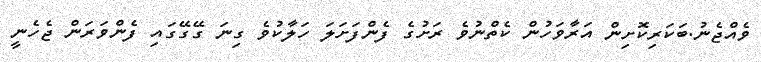
ވެއްޖެނު.ބަކަރިކޮށިން އަރާވަހުން ކެތްނުވެ ރަށުގެ ފެންފަށަލަ ހަލާކުވެ ގިނަ ގޭގޭގައި ފެންވަރަން ޖެހެނީ